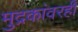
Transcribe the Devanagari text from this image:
मुद्रकांवरही